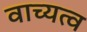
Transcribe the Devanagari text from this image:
वाच्यत्व